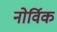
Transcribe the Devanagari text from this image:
नोर्विक